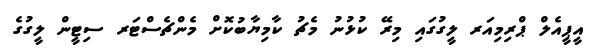
އީޕީއެލް ޕްރިމިއަރ ލީގުގައި މިރޭ ކުޅުނު މެޗު ކާމިޔާބުކޮށް މެންޗެސްޓަރ ސިޓީން ލީގުގެ